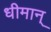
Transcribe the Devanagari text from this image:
धीमान्‌